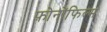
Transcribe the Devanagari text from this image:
फ़ोनोंफिल्म